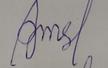
Signature authenticity: forged